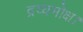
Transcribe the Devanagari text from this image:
द्रव्यमोक्ष।